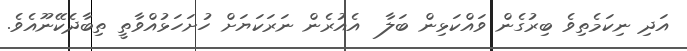
އަދި ނިކަމެތިވެ ބިރުގެން ވައްކަޅިން ބަލާ  އެއުރެން ނަރަކަޔަށް ހުށަހަޅުއްވާތީ ތިބާދެކޭނޫއެވެ.